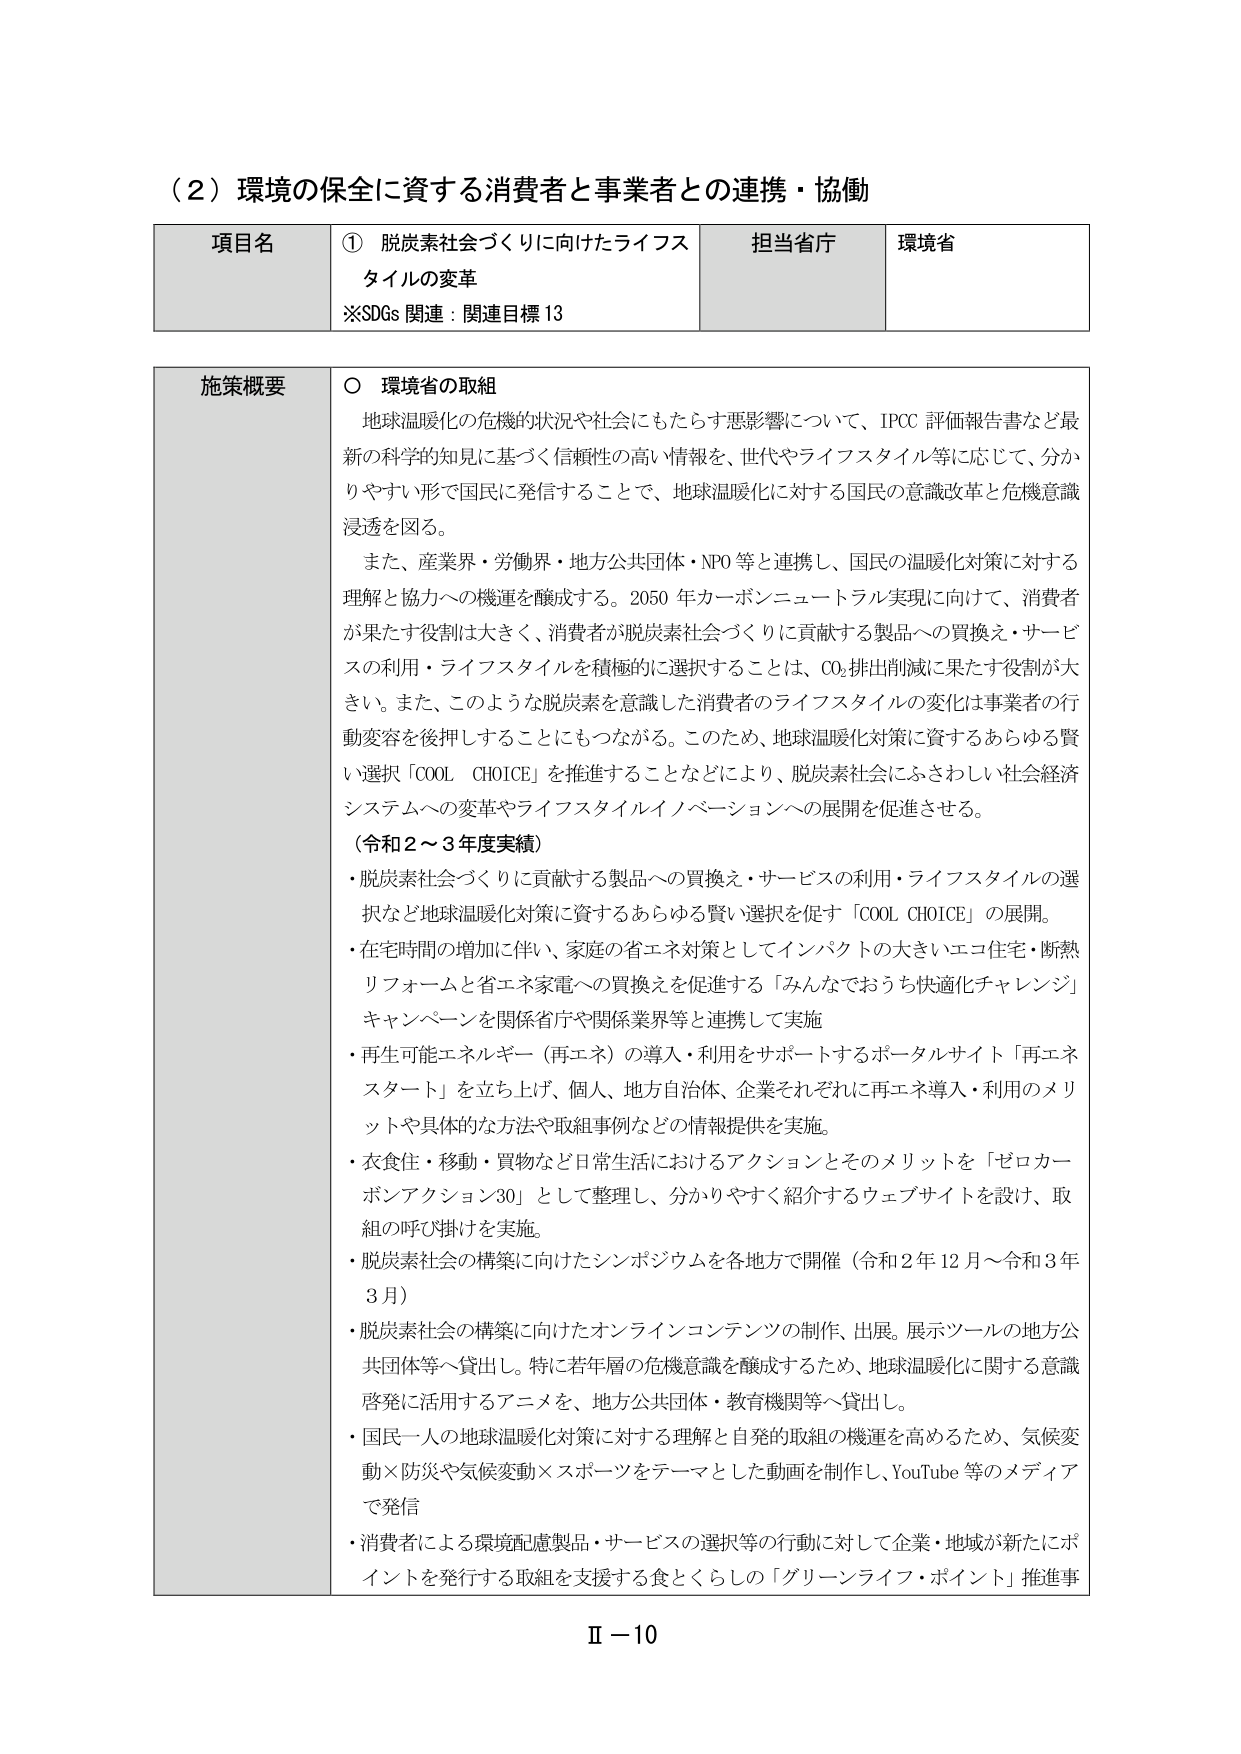
（２）環境の保全に資する消費者と事業者との連携・協働

項目名　① 脱炭素社会づくりに向けたライフスタイルの変革
※SDGs 関連：関連目標13
担当省庁　環境省

施策概要　○ 環境省の取組
　地球温暖化の危機的状況や社会にもたらす悪影響について、IPCC 評価報告書など最新の科学的知見に基づく信頼性の高い情報を、世代やライフスタイル等に応じて、分かりやすい形で国民に発信することで、地球温暖化に対する国民の意識改革と危機意識浸透を図る。
　また、産業界・労働界・地方公共団体・NPO 等と連携し、国民の温暖化対策に対する理解と協力への機運を醸成する。2050 年カーボンニュートラル実現に向けて、消費者が果たす役割は大きく、消費者が脱炭素社会づくりに貢献する製品への買換え・サービスの利用・ライフスタイルを積極的に選択することは、CO₂排出削減に果たす役割が大きい。また、このような脱炭素を意識した消費者のライフスタイルの変化は事業者の行動変容を後押しすることにもつながる。このため、地球温暖化対策に資するあらゆる賢い選択「COOL CHOICE」を推進することなどにより、脱炭素社会にふさわしい社会経済システムへの変革やライフスタイルイノベーションへの展開を促進させる。

（令和2～3年度実績）
・脱炭素社会づくりに貢献する製品への買換え・サービスの利用・ライフスタイルの選択など地球温暖化対策に資するあらゆる賢い選択を促す「COOL CHOICE」の展開。
・在宅時間の増加に伴い、家庭の省エネ対策としてインパクトの大きいエコ住宅・断熱リフォームと省エネ家電への買換えを促進する「みんなでおうち快適化チャレンジ」キャンペーンを関係省庁や関係業界等と連携して実施
・再生可能エネルギー（再エネ）の導入・利用をサポートするポータルサイト「再エネスタート」を立ち上げ、個人、地方自治体、企業それぞれに再エネ導入・利用のメリットや具体的な方法や取組事例などの情報提供を実施。
・衣食住・移動・買物など日常生活におけるアクションとそのメリットを「ゼロカーボンアクション30」として整理し、分かりやすく紹介するウェブサイトを設け、取組の呼び掛けを実施。
・脱炭素社会の構築に向けたシンポジウムを各地方で開催（令和2年12月～令和3年3月）
・脱炭素社会の構築に向けたオンラインコンテンツの制作、出展。展示ツールの地方公共団体等へ貸出し。特に若年層の危機意識を醸成するため、地球温暖化に関する意識啓発に活用するアニメを、地方公共団体・教育機関等へ貸出し。
・国民一人の地球温暖化対策に対する理解と自発的取組の機運を高めるため、気候変動×防災や気候変動×スポーツをテーマとした動画を制作し、YouTube 等のメディアで発信
・消費者による環境配慮製品・サービスの選択等の行動に対して企業・地域が新たにポイントを発行する取組を支援する食とくらしの「グリーンライフ・ポイント」推進事

Ⅱ－10